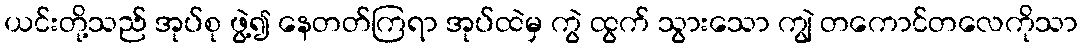
ယင်းတို့သည် အုပ်စု ဖွဲ့၍ နေတတ်ကြရာ အုပ်ထဲမှ ကွဲ ထွက် သွားသော ကျွဲ တကောင်တလေကိုသာ